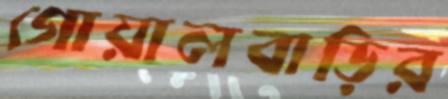
গোয়ালবাড়ির